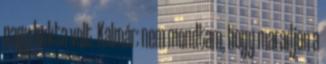
nagy bukta volt. Kalmár: nem mondtam, hogy maradjon a